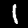
Label: 1